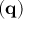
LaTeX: \mathbf { \tau } ( \mathbf { q } )